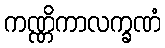
ကဏ္ဏိကာလက္ခဏံ